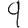
Digit: 9